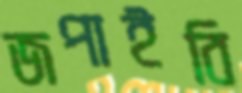
জপাইবি